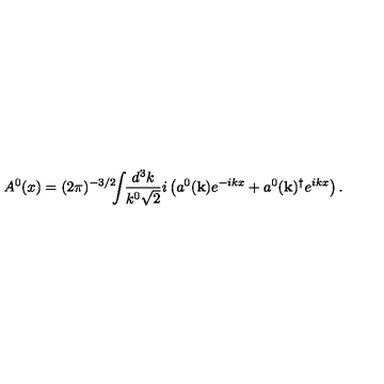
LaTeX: A ^ { 0 } ( x ) = ( 2 \pi ) ^ { - 3 / 2 } \! \! \! \int \! \! \frac { d ^ { 3 } k } { k ^ { 0 } \sqrt { 2 } } i \left( a ^ { 0 } ( { \mathbf { k } } ) e ^ { - i k x } + a ^ { 0 } ( { \mathbf { k } } ) ^ { \dagger } e ^ { i k x } \right) . \nonumber \,